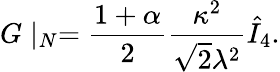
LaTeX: G\mid_{N}={\frac{1+\alpha}{2}}{\frac{\kappa^{2}}{\sqrt{2}\lambda^{2}}}\hat{I}_{4}.